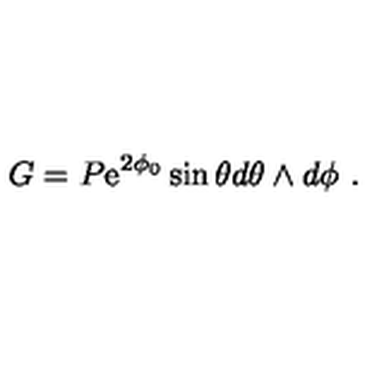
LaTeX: G = P { \mathrm { e } } ^ { 2 \phi _ { 0 } } \sin \theta d \theta \wedge d \phi \ .